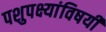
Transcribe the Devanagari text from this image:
पशुपक्ष्यांविषयी